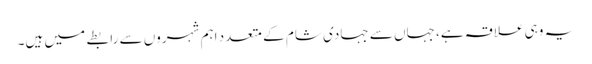
یہ وہی علاقہ ہے، جہاں سے جہادی شام کے متعدد اہم شہروں سے رابطے میں ہیں۔